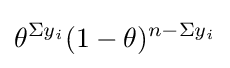
\theta ^{\Sigma y_{i}}(1-\theta )^{n-\Sigma y_{i}}